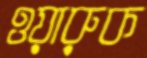
ওয়ারুক